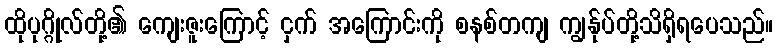
ထိုပုဂ္ဂိုလ်တို့၏ ကျေးဇူးကြောင့် ငှက် အကြောင်းကို စနစ်တကျ ကျွန်ုပ်တို့သိရှိရပေသည်။